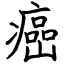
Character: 癌